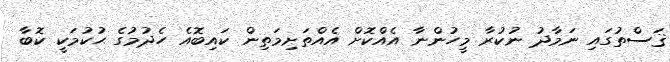
ޤަސްތުގައި ނަމާދު ނުކުރާ މީހުންނާ އެއްކޮށް އެއްތަށިމަތިން ކައިބޮއެ ހެދުމުގެ ޙުކުމަކީ ކޮބާ